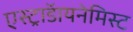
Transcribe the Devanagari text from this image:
एस्ट्राॅडायनेमिस्ट